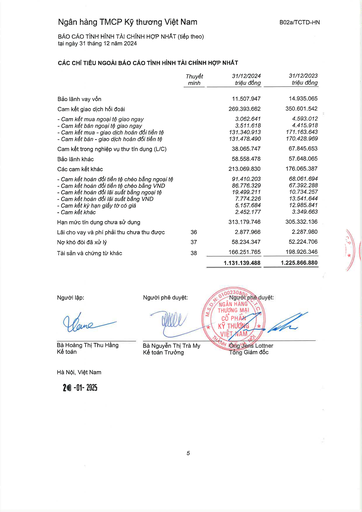
||Thuyết minh|31/12/2024 triệu đồng|31/12/2023 triệu đồng| |---|---|---|---| |Bảo lãnh vay vốn||11.507.947|14.935.065| |Cam kết giao dịch hối đoái||269.393.662|350.601.542| |Cam kết mua ngoại tệ giao ngay||3.062.641|4.593.012| |- Cam kết bán ngoại tệ giao ngay||3.511.618|4.415.918| |- Cam kết mua - giao dịch hoán đổi tiền tệ||131.340.913|171.163.643| |- Cam kết bán - giao dịch hoán đổi tiền tệ||131.478.490|170.428.969| |Cam kết trong nghiệp vụ thư tín dụng (L/C)||38.065.747|67.845.653| |Bảo lãnh khác||58.558.478|57.648.065| |Các cam kết khác||213.069.830|176.065.387| |Cam kết hoán đổi tiền tệ chéo bằng ngoại tệ||91.410.203|68.061.694| |- Cam kết hoán đổi tiền tệ chéo bằng VND||86.776.329|67.392.288| |- Cam kết hoán đổi lãi suất bằng ngoại tệ||19.499.211|10.734.257| |- Cam kết hoán đổi lãi suất bằng VND||7.774.226|13.541.644| |- Cam kết kỳ hạn giấy tờ có giá||5.157.684|12.985.841| |- Cam kết khác||2.452.177|3.349.663| |Hạn mức tín dụng chưa dùng||313.179.746|305.332.136| |Lãi cho vay và phí phải thu chưa thu được|36|2.877.966|2.287.980| |Nợ khó đòi đã xử lý|37|58.234.347|52.224.706| |Tài sản và chứng từ khác|38|166.251.765|198.926.346| |||1.131.139.488|1.225.866.880|